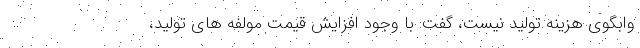
وابگوی هزینه تولید نیست، گفت: با وجود افزایش قیمت مولفه های تولید،